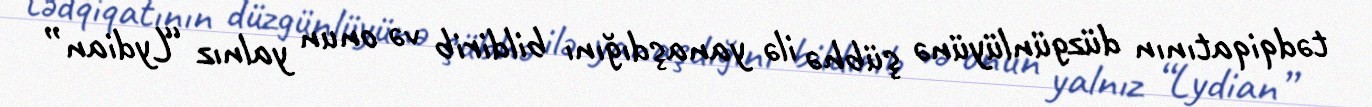
tədqiqatının düzgünlüyünə şübhə ilə yanaşdığını bildirib və onun yalnız “Lydian”